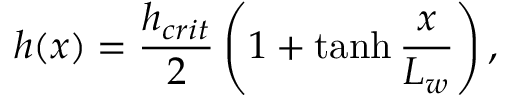
h ( x ) = \frac { h _ { c r i t } } { 2 } \left( 1 + \operatorname { t a n h } \frac { x } { L _ { w } } \right) ,